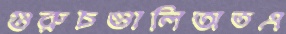
গুরুচণ্ডালিঅতএ